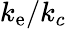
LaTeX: k_{\mathrm{e}}/k_{c}